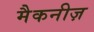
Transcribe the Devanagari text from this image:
मैकनीज़